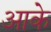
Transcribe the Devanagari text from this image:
अाके